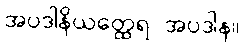
အပဒါနိယတ္ထေရ အပဒါန။